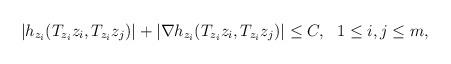
LaTeX: \begin{align*}|h_{z_i}(T_{z_i}z_i, T_{z_i}z_j)|+|\nabla h_{z_i}(T_{z_i}z_i, T_{z_i}z_j)|\le C, \ \ 1\leq i,j\leq m,\end{align*}